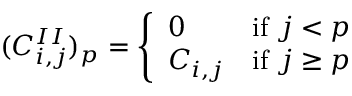
( C _ { i , j } ^ { I I } ) _ { p } = { \left\{ \begin{array} { l l } { 0 } & { { \mathrm { i f ~ } } j < p } \\ { C _ { i , j } } & { { \mathrm { i f ~ } } j \geq p } \end{array} \right. }